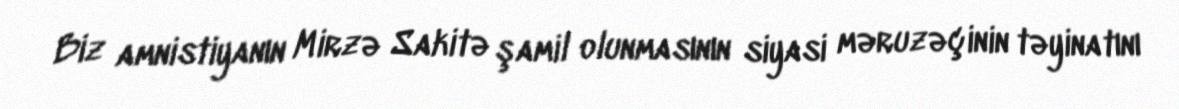
Biz amnistiyanın Mirzə Sakitə şamil olunmasının siyasi məruzəçinin təyinatını